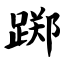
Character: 踯